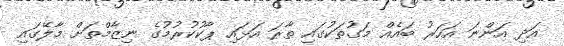
އަދި އަންނަ އަހަރު ބައެއް މަގުތަކުގައި ތާރަ އަޅައި ޕާކުކުރުމުގެ ނިޒާމްތަށް މާލޭގައި